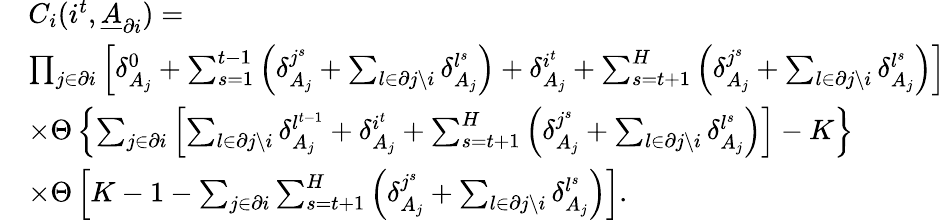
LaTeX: \begin{array}{rl}&{C_{i}(i^{t},\underline{{A}}_{\partial i})=}\\ &{\prod_{j\in\partial i}\left[\delta_{A_{j}}^{0}+\sum_{s=1}^{t-1}\left(\delta_{A_{j}}^{j^{s}}+\sum_{l\in\partial j\backslash i}\delta_{A_{j}}^{l^{s}}\right)+\delta_{A_{j}}^{i^{t}}+\sum_{s=t+1}^{H}\left(\delta_{A_{j}}^{j^{s}}+\sum_{l\in\partial j\backslash i}\delta_{A_{j}}^{l^{s}}\right)\right]}\\ &{\times\Theta\left\{ \sum_{j\in\partial i}\left[\sum_{l\in\partial j\backslash i}\delta_{A_{j}}^{l^{t-1}}+\delta_{A_{j}}^{i^{t}}+\sum_{s=t+1}^{H}\left(\delta_{A_{j}}^{j^{s}}+\sum_{l\in\partial j\backslash i}\delta_{A_{j}}^{l^{s}}\right)\right]-K\right\} }\\ &{\times\Theta\left[K-1-\sum_{j\in\partial i}\sum_{s=t+1}^{H}\left(\delta_{A_{j}}^{j^{s}}+\sum_{l\in\partial j\backslash i}\delta_{A_{j}}^{l^{s}}\right)\right].}\end{array}